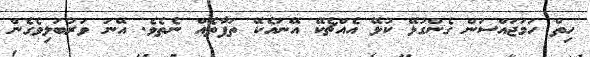
ހިތް ހަމަޖައްސަން ގެންގުޅޭ ކުޅޭ އެއްޗެކޭ އޭނައެކޭ ތަފާތެއް ނެތެވެ. އޭނަ ވަރުބަލިވެގެން